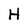
Character: H